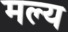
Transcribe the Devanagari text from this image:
मल्य